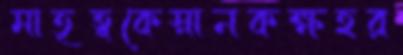
মাতৃত্বকেস্নানকক্ষহর